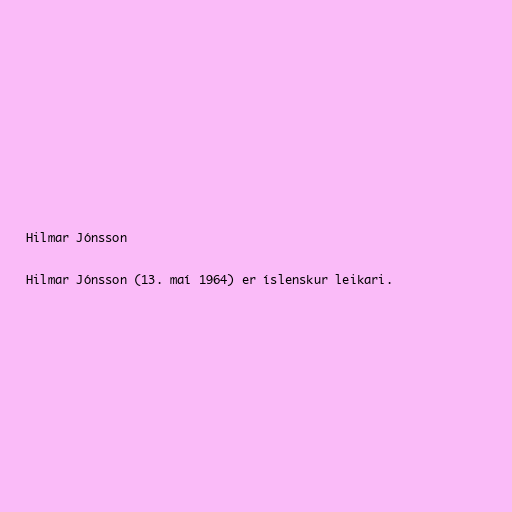
Hilmar Jónsson

Hilmar Jónsson (13. maí 1964) er íslenskur leikari.